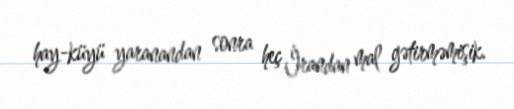
hay-küyü yaranandan sonra heç İrandan mal gətirməmişik.